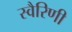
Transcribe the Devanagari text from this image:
स्वैरिणी